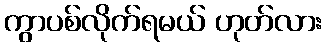
ကွာပစ်လိုက်ရမယ် ဟုတ်လား